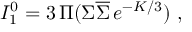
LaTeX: { \cal I } _ { 1 } ^ { 0 } = 3 \, \Pi ( \Sigma \overline { { { \Sigma } } } \, e ^ { - K / 3 } ) \ ,